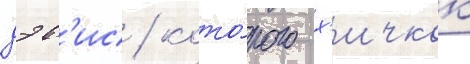
дэв'ис / кото́рого х'ичкок